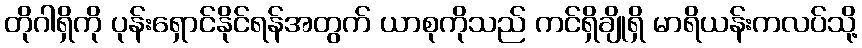
တိုဂါရှိကို ပုန်းရှောင်နိုင်ရန်အတွက် ယာစုကိုသည် ကင်ရှိချိုရှိ မာရိယန်းကလပ်သို့